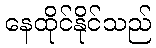
နေထိုင်နိုင်သည်